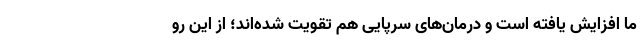
ما افزایش یافته است و درمان‌های سرپایی هم تقویت شده‌اند؛ از این رو